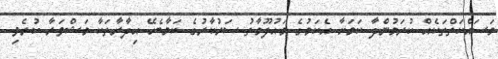
މަސައްކަތްތަކެއް ކުރަމުންދާ ކަމަށާ އެކަމުގެ މައުލޫމާތު ސަރުކާރުގެ ކަމާބެހޭ އިދާރާތަކާ މަޝްވަރާ ކުރެވި